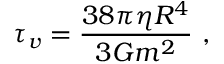
\tau _ { v } = \frac { 3 8 \pi \eta R ^ { 4 } } { 3 { \cal G } m ^ { 2 } } \ ,